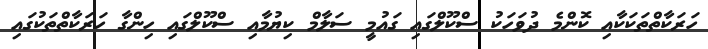
ހަރަކާތްތަކަކާއި ކޮންމެ ދުވަހަކު ސްކޫލްގައި ގައުމީ ސަލާމް ކިޔުމާއި ސްކޫލްގައި ހިންގާ ހަރަކާތްތަކުގައި